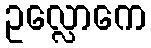
ဥလ္လောကေ